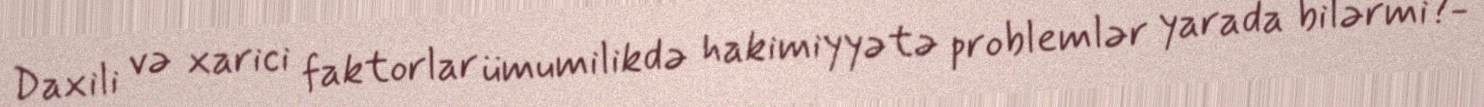
Daxili və xarici faktorlar ümumilikdə hakimiyyətə problemlər yarada bilərmi?-